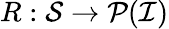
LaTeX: R:\mathcal{S}\to\mathcal{P}(\mathcal{I})